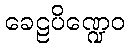
ခေဠပိဏ္ဍေဝ